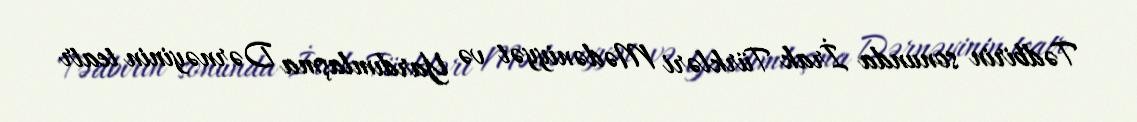
Tədbirin sonunda İrak Türkləri Mədəniyyət və Yardımlaşma Dərnəyinin teatr